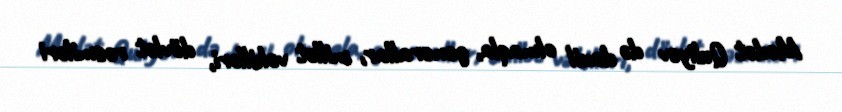
Mədət Quliyev də daxil olmaqla, generallar, millət vəkilləri, dövlət rəsmiləri